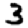
Digit: 3